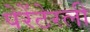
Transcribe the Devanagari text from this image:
पेरेंटेरली